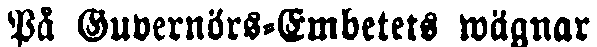
På Guvernörs-Embetets wägnar